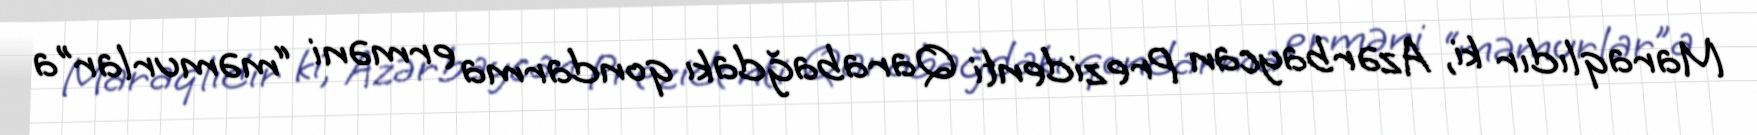
Maraqlıdır ki, Azərbaycan Prezidenti Qarabağdakı qondarma erməni “məmurlar”a